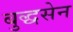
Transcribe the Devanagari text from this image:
बुद्धसेन